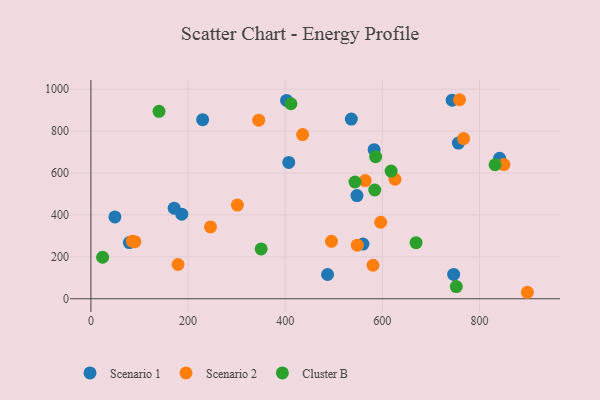
{"axis": {"x": "Speed", "y": "Rating"}, "legend": ["Cluster B", "Scenario 1", "Scenario 2"], "data": [{"x": "743.8", "y": 947.5, "type": "Scenario 1"}, {"x": "536.1", "y": 857.4, "type": "Scenario 1"}, {"x": "49.4", "y": 390.3, "type": "Scenario 1"}, {"x": "583.1", "y": 711.1, "type": "Scenario 1"}, {"x": "79.2", "y": 268.2, "type": "Scenario 1"}, {"x": "841.4", "y": 670.1, "type": "Scenario 1"}, {"x": "487.2", "y": 115.6, "type": "Scenario 1"}, {"x": "230.0", "y": 854.3, "type": "Scenario 1"}, {"x": "407.3", "y": 650.6, "type": "Scenario 1"}, {"x": "187.0", "y": 403.6, "type": "Scenario 1"}, {"x": "756.5", "y": 742.9, "type": "Scenario 1"}, {"x": "746.8", "y": 116.0, "type": "Scenario 1"}, {"x": "402.8", "y": 946.3, "type": "Scenario 1"}, {"x": "560.0", "y": 260.8, "type": "Scenario 1"}, {"x": "547.7", "y": 492.0, "type": "Scenario 1"}, {"x": "171.4", "y": 432.0, "type": "Scenario 1"}, {"x": "246.2", "y": 342.7, "type": "Scenario 2"}, {"x": "301.6", "y": 446.7, "type": "Scenario 2"}, {"x": "850.2", "y": 640.0, "type": "Scenario 2"}, {"x": "758.9", "y": 949.5, "type": "Scenario 2"}, {"x": "179.3", "y": 163.4, "type": "Scenario 2"}, {"x": "435.9", "y": 783.1, "type": "Scenario 2"}, {"x": "564.8", "y": 563.6, "type": "Scenario 2"}, {"x": "767.3", "y": 764.1, "type": "Scenario 2"}, {"x": "85.3", "y": 274.9, "type": "Scenario 2"}, {"x": "580.8", "y": 159.8, "type": "Scenario 2"}, {"x": "495.2", "y": 274.1, "type": "Scenario 2"}, {"x": "345.4", "y": 852.1, "type": "Scenario 2"}, {"x": "548.5", "y": 255.4, "type": "Scenario 2"}, {"x": "596.6", "y": 365.0, "type": "Scenario 2"}, {"x": "898.6", "y": 30.9, "type": "Scenario 2"}, {"x": "626.1", "y": 570.2, "type": "Scenario 2"}, {"x": "90.5", "y": 272.3, "type": "Scenario 2"}, {"x": "752.2", "y": 58.3, "type": "Cluster B"}, {"x": "543.7", "y": 556.9, "type": "Cluster B"}, {"x": "140.2", "y": 894.3, "type": "Cluster B"}, {"x": "586.2", "y": 677.6, "type": "Cluster B"}, {"x": "832.1", "y": 639.4, "type": "Cluster B"}, {"x": "584.4", "y": 518.8, "type": "Cluster B"}, {"x": "618.1", "y": 609.3, "type": "Cluster B"}, {"x": "24.1", "y": 198.1, "type": "Cluster B"}, {"x": "669.4", "y": 267.4, "type": "Cluster B"}, {"x": "411.8", "y": 930.3, "type": "Cluster B"}, {"x": "350.5", "y": 237.7, "type": "Cluster B"}]}